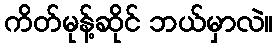
ကိတ်မုန့်ဆိုင် ဘယ်မှာလဲ။